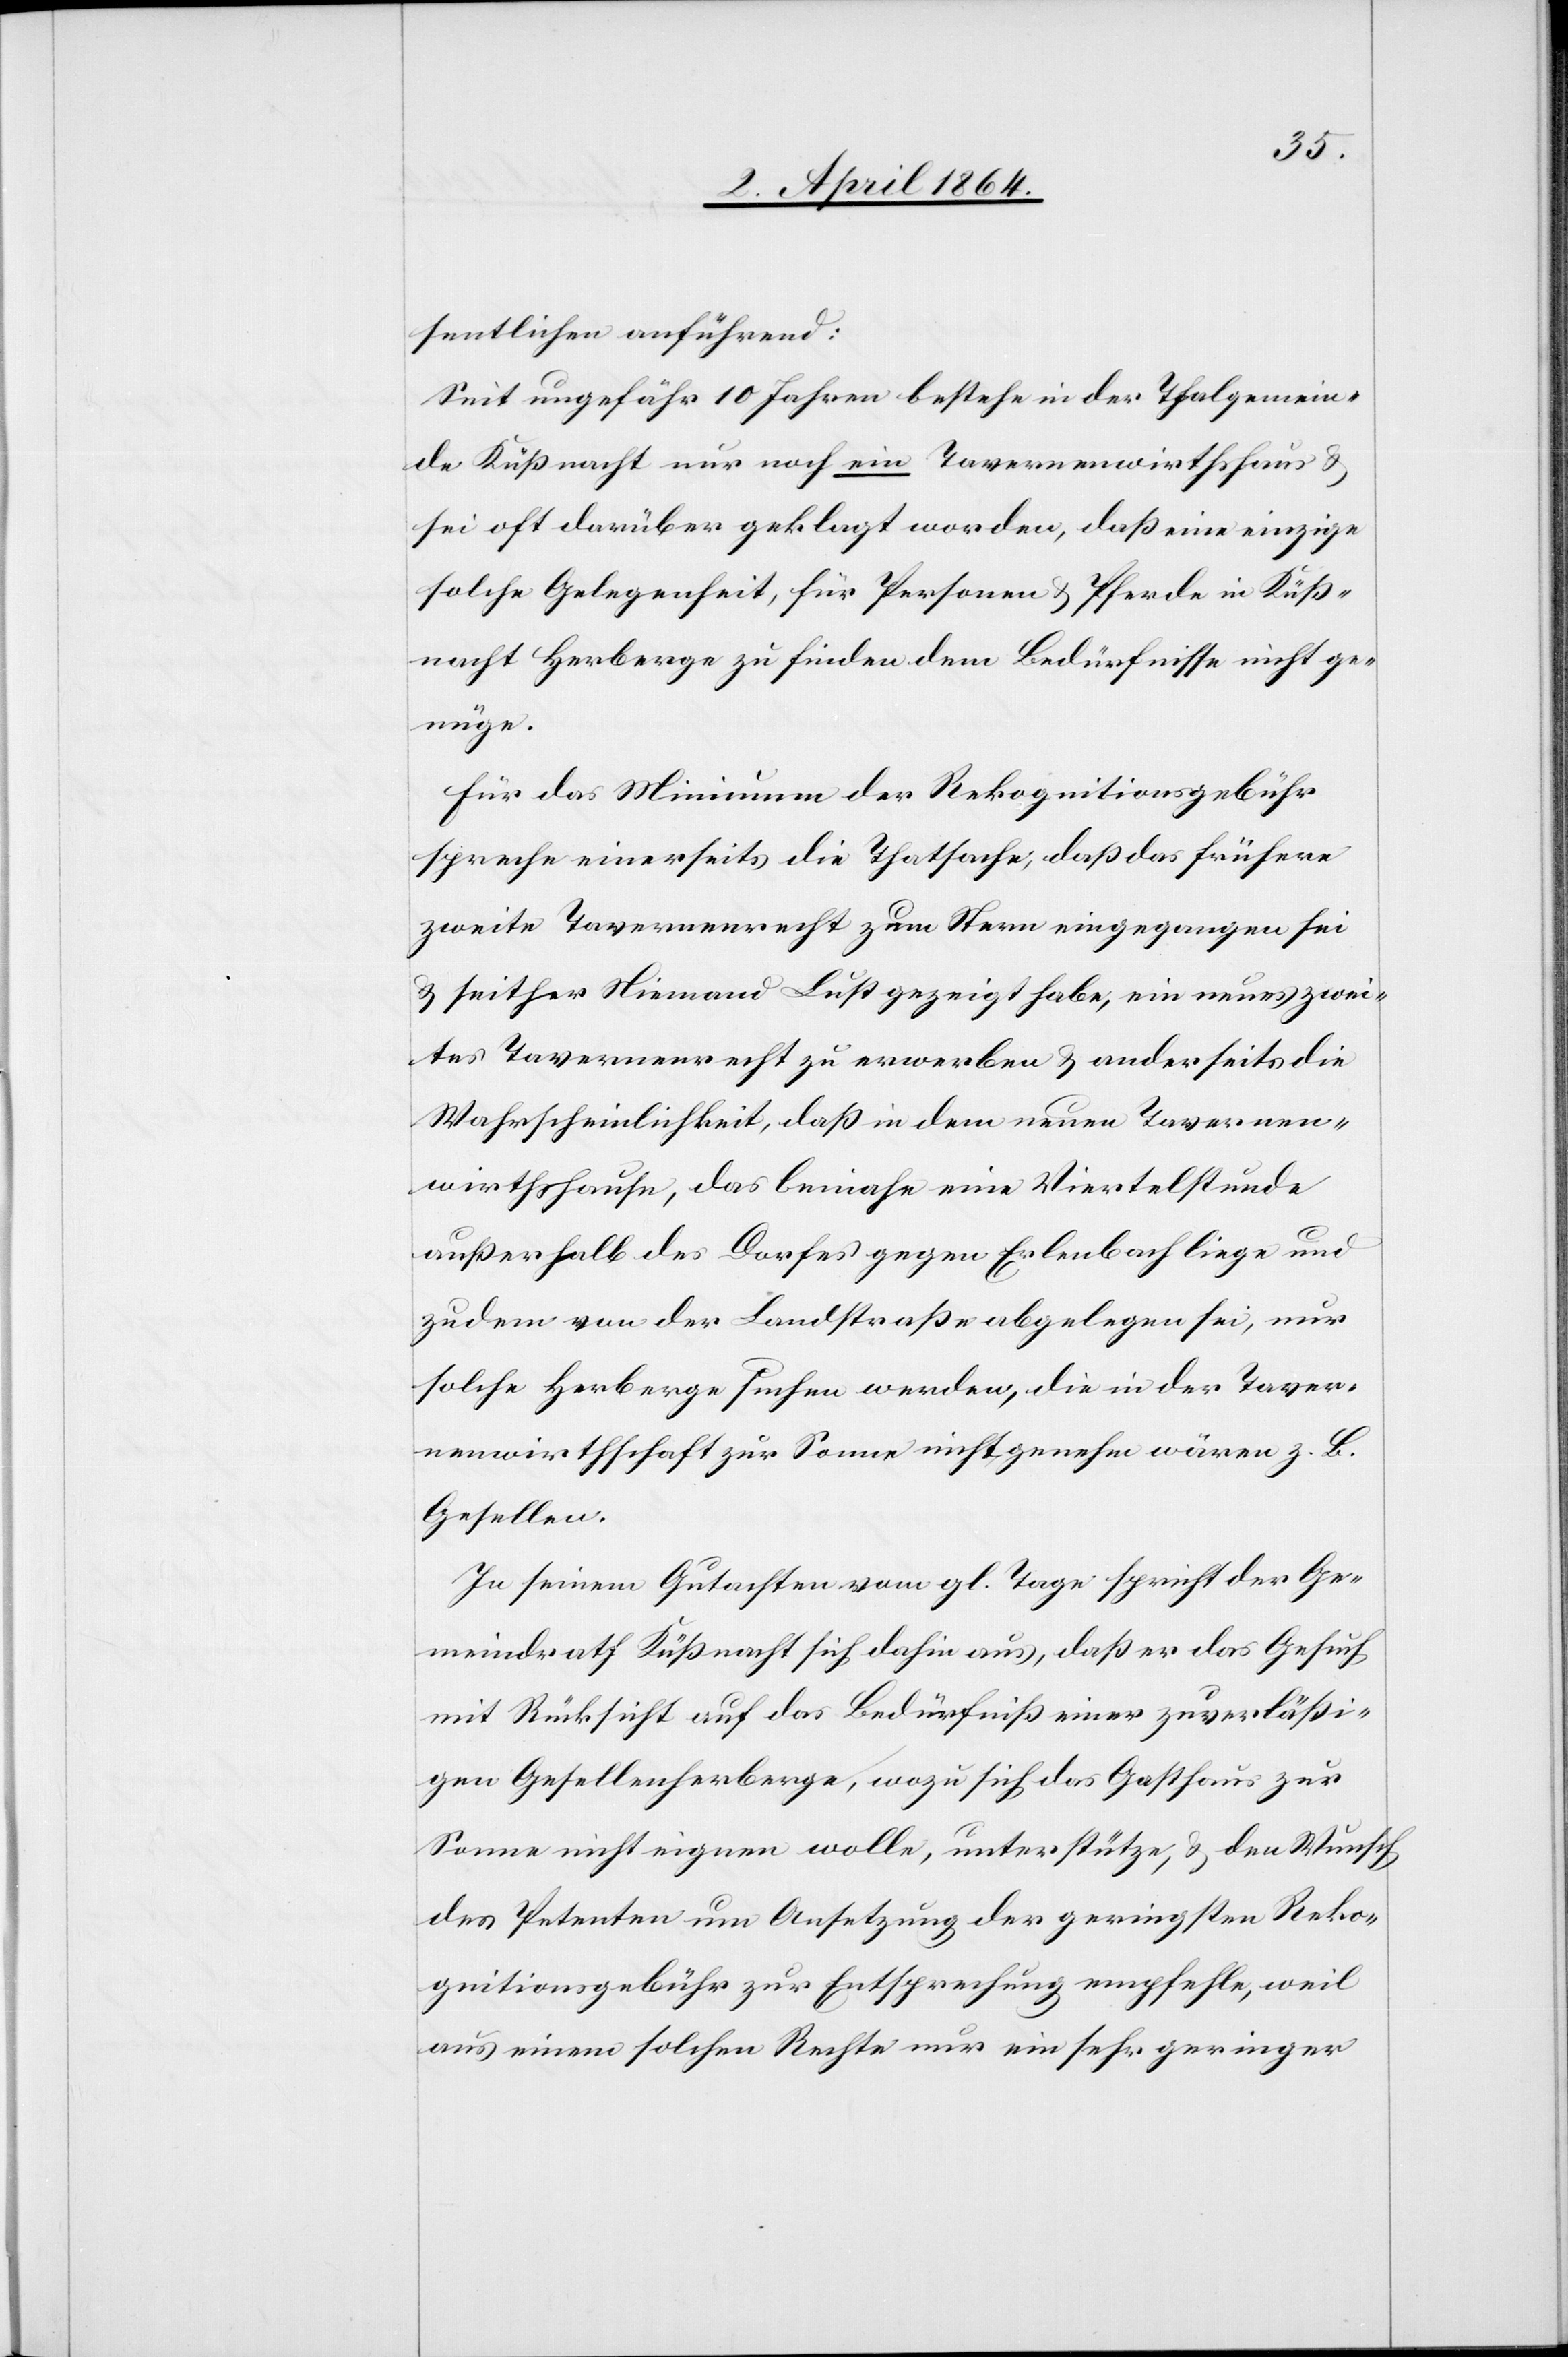
sentlichen anführend:
Seit ungefähr 10 Jahren bestehe in der Thalgemein¬
de Küßnacht nur noch ein Tavernenwirthshaus u.
sei oft darüber geklagt worden, daß eine einzige
solche Gelegenheit, für Personen u. Pferde in Küß¬
nacht Herberge zu finden dem Bedürfnisse nicht ge¬
nüge.
Für das Minimum der Rekognitionsgebühr
spreche einerseits die Thatsache, daß das frühere
zweite Tavernenrecht zum Stern eingegangen sei
u. seither Niemand Lust gezeigt habe, ein neues zwei¬
tes Tavernenrecht zu erwerben u. anderseits die
Wahrscheinlichkeit, daß in dem neuen Tavernen¬
wirthshause, das beinahe eine Viertelstunde
außerhalb des Dorfes gegen Erlenbach liege und
zudem von der Landstraße abgelegen sei, nur
solche Herberge suchen werden, die in der Taver¬
nenwirthschaft zur Sonne nicht genehm wären z. B.
Gesellen.
In seinem Gutachten vom gl. Tage spricht der Ge¬
meindrath Küßnacht sich dahin aus, daß er das Gesuch
mit Rücksicht auf das Bedürfniß einer zuverläßi¬
gen Gesellenherberge, wozu sich das Gasthaus zur
Sonne nicht eignen wolle, unterstütze, u. den Wunsch
des Petenten um Ansetzung der geringsten Reko¬
gnitionsgebühr zur Entsprechung empfehle, weil
aus einem solchen Rechte nur ein sehr geringer